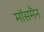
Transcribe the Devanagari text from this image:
मॉसमैन